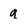
Character: q